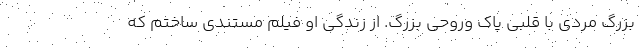
بزرگ مردی با قلبی پاک وروحی بزرگ. از زندگی او فیلم مستندی ساختم که